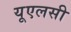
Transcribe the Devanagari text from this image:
यूएलसी